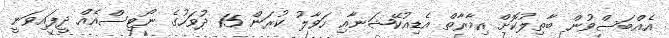
އެއްބަސްވުން ބާތިލުކޮށް އިމާރާތް އެޑިއުކޭޝަނާއި ހަވާލު ކުރަން 15 ދުވަހުގެ ނޯޓިސްއެއް ދީފައިވަނީ